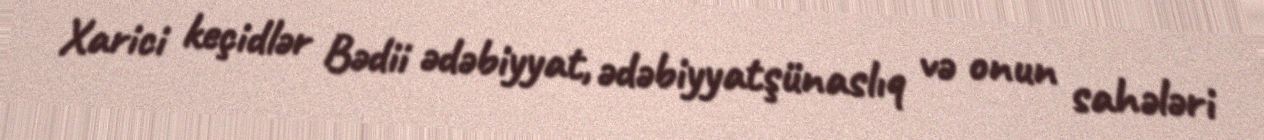
Xarici keçidlər Bədii ədəbiyyat, ədəbiyyatşünaslıq və onun sahələri